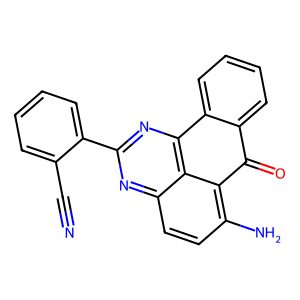
SMILES: N#Cc1ccccc1-c1nc2c3c(c(N)ccc3n1)C(=O)c1ccccc1-2
Inhibits HIV replication: No